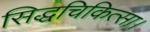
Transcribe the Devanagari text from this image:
सिद्धचिकित्सा।